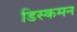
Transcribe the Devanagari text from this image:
डिस्कमन